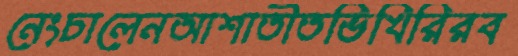
নেংচালেনআশাতীতভিখিরিরব